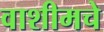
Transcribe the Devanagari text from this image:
वाशीमचे